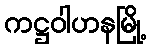
ကဋ္ဌဝါဟနမြို့